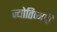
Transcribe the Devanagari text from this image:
ज्योतिष्मती